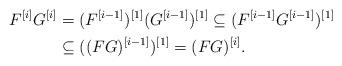
LaTeX: \begin{align*} F^{[i]}G^{[i]}&=(F^{[i-1]})^{[1]}(G^{[i-1]})^{[1]}\subseteq (F^{[i-1]}G^{[i-1]})^{[1]}\\ &\subseteq ((FG)^{[i-1]})^{[1]}=(FG)^{[i]}. \end{align*}